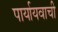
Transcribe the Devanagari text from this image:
पार्यायवाची